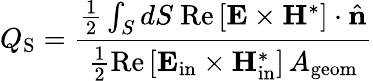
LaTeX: Q_{\mathrm{S}}=\frac{\frac{1}{2}\int_{S}dS~\mathrm{Re}\left[\boldsymbol{\mathbf{E}}\times\boldsymbol{\mathbf{H}}^{*}\right]\cdot\hat{\mathbf{n}}}{\frac{1}{2}\mathrm{Re}\left[\boldsymbol{\mathbf{E}}_{\mathrm{in}}\times\boldsymbol{\mathbf{H}}_{\mathrm{in}}^{*}\right]\, A_{\mathrm{geom}}}